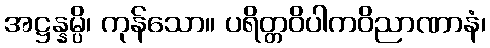
အဋ္ဌန္နမ္ပိ၊ ကုန်သော။ ပရိတ္တဝိပါကဝိညာဏာနံ၊